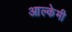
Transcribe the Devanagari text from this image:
आल्‍केमी